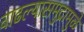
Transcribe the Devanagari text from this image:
वाढल्यासमुद्रामुळे